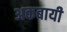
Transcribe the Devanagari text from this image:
अकबायी